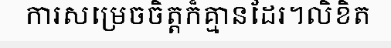
ការសម្រេចចិត្តក៏គ្មានដែរ។លិខិត